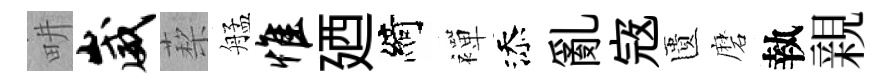
畊崴蔾艋惟廼綺襌添亂𡨥匱磨執親